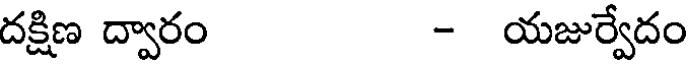
దక్షిణ ద్వారం - యజుర్వేదం